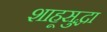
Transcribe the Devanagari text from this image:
शाहूसुद्धा